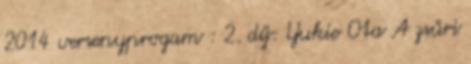
2014 versenyprogam : 2. díj: Yukie Ota A zsűri